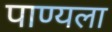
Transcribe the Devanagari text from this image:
पाण्यला